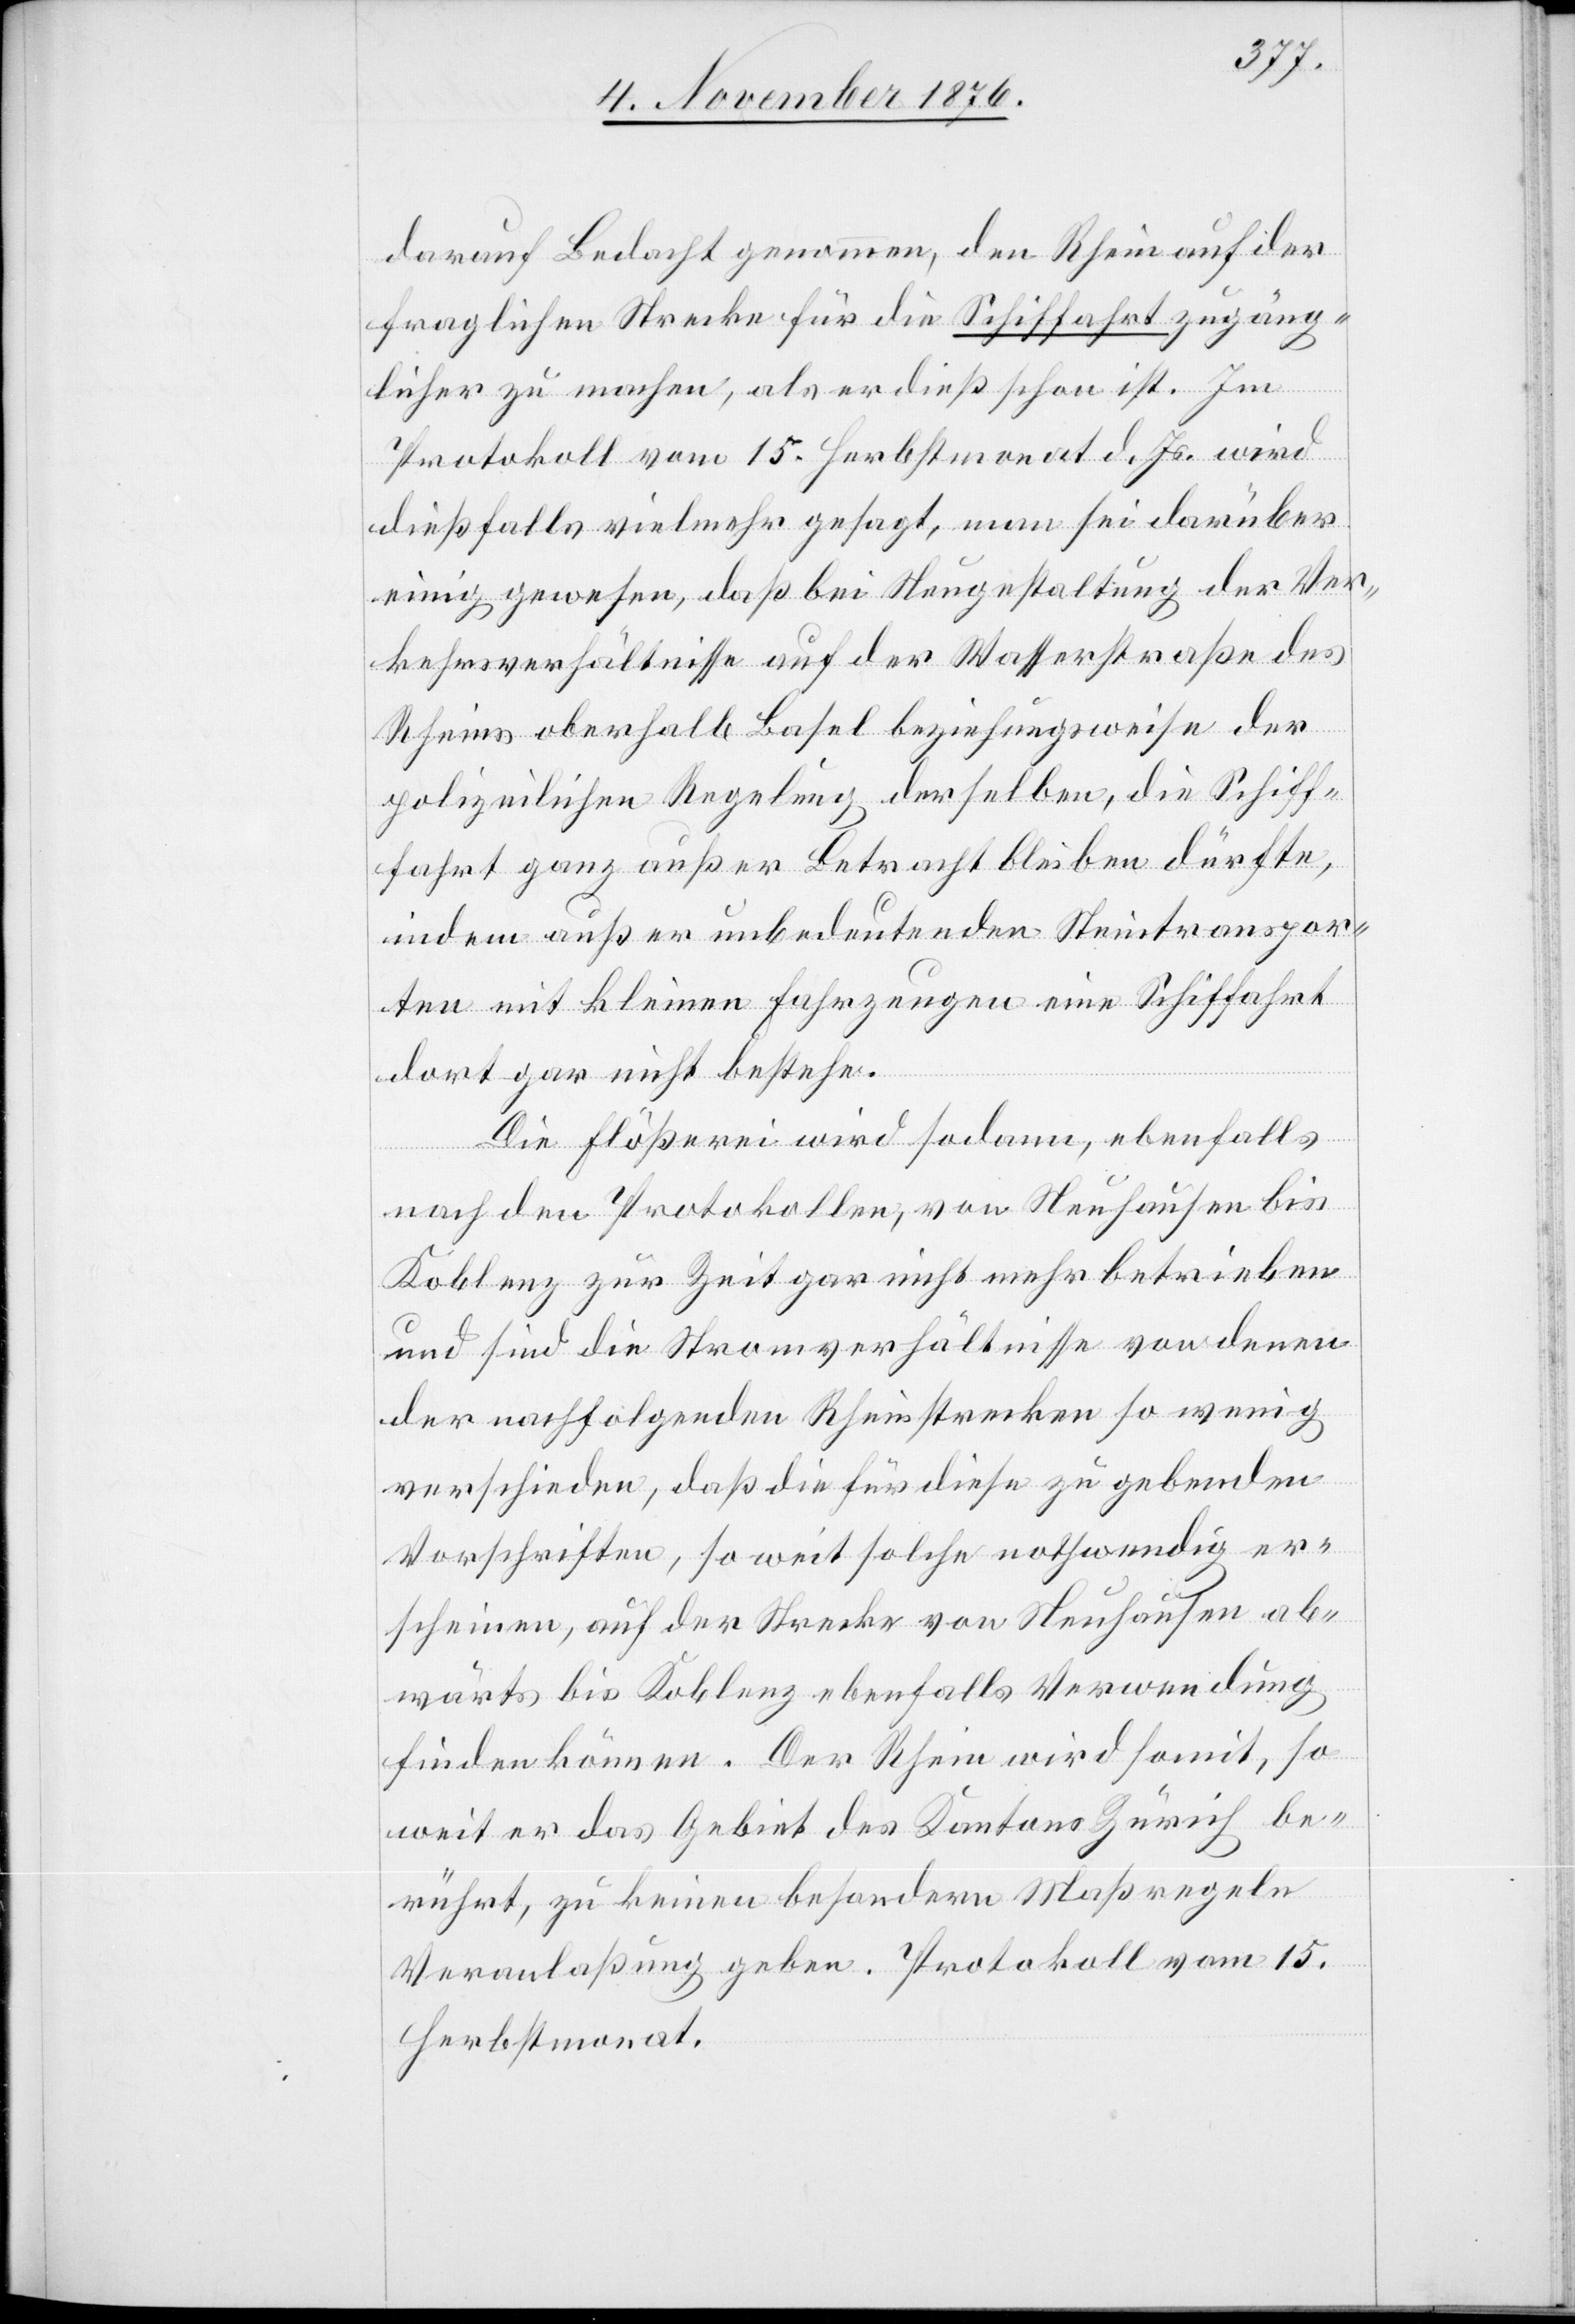
darauf Bedacht genommen, den Rhein auf der
fraglichen Strecke für die Schiffahrt zugäng¬
licher zu machen, als er dieß schon ist. Im
Protokoll vom 15. Herbstmonat d. Js. wird
dießfalls vielmehr gesagt, man sei darüber
einig gewesen, daß bei Neugestaltung der Ver¬
kehrsverhältnisse auf der Wasserstraße des
Rheins oberhalb Basel beziehungsweise der
polizeilichen Regelung derselben die Schiff¬
ahrt ganz außer Betracht bleiben dürfte,
indem außer unbedeutenden Steintranspor¬
ten mit kleinen Fahrzungen eine Schiffahrt
dort gar nicht bestehe.
Die Flößerei wird sodann, ebenfalls
nach den Protokollen, von Neuhausen bis
Koblenz zur Zeit gar nicht mehr betrieben
und sind die Stromverhältnisse von denen
der nachfolgenden Rheinstrecken so wenig
verschieden, daß die für diese zu gebenden
Vorschriften, so weit solche nothwendig er¬
scheinen, auf der Strecke von Neuhausen ab¬
wärts bis Koblenz ebenfalls Verwendung
finden können. Der Rhein wird somit, so
weit er das Gebiet des Kantons Zürich be¬
rührt, zu keinen besondern Maßregeln
Veranlaßung geben. Protokoll vom 15.
Herbstmonat.